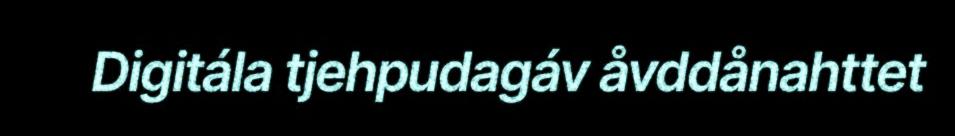
Digitála tjehpudagáv åvddånahttet